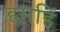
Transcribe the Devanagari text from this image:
हमहिं